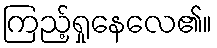
ကြည့်ရှုနေလေ၏။